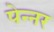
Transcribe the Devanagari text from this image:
पेन्नर